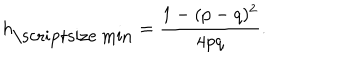
LaTeX: h _ { \mathrm { \scriptsize ~ m i n } } = \frac { 1 - ( p - q ) ^ { 2 } } { 4 p q } .